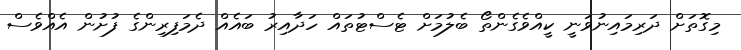
މިގޮތަށް ދަރިމައިނުވަނީ ކީއްވެގެންތޯ ބެލުމަށް ޓެސްޓުތައް ހަދާއިރު ބައެއް ދެމަފިރިންގެ ފުށުން އެއްވެސް